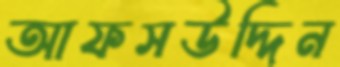
আফসউদ্দিন